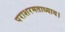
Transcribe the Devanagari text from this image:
पराशरमताध्याय।